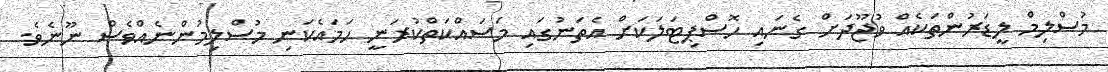
މުސްލިމް ލީޑަރުންތަކެއް ވުޖޫދަށް ގެނައި ހޮސްޕިޓަލަކަށް އެތަނުގައި މަސައްކަތްކުރަނީ ހަމައެކަނި މުސްލިމުންނެއްވެސް ނޫނެވެ.